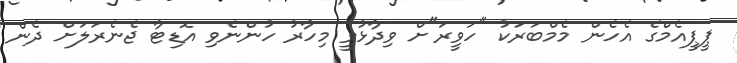
ޕީޕީއެމްްގެ އެހެން މެމްބަރަކު "ހަވީރަ"ށް ވިދާޅުވީ މިހާރު ހުންނެވި އޮޑިޓާ ޖެނެރަލަށް ދެން